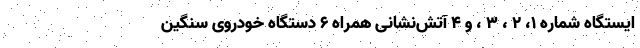
ایستگاه شماره ۱، ۲ ، ۳ ، و ۴ آتش‌نشانی همراه ۶ دستگاه خودروی سنگین